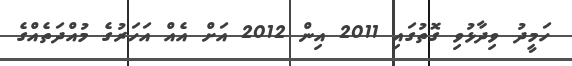
ހަމީދު ވިދާޅުވި ގޮތުގައި 2011 އިން 2012 އަށް އެއް އަހަރުގެ މުއްދަތެއްގެ